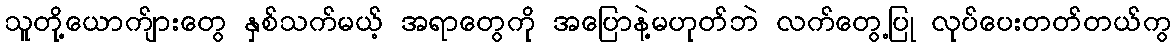
သူတို့ယောက်ျားတွေ နှစ်သက်မယ့် အရာတွေကို အပြောနဲ့မဟုတ်ဘဲ လက်တွေ့ပြု လုပ်ပေးတတ်တယ်ကွ